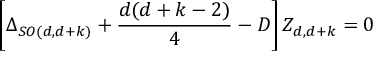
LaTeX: \left[ \Delta _ { S O ( d , d + k ) } + \frac { d ( d + k - 2 ) } { 4 } - { \cal { D } } \right] Z _ { d , d + k } = 0